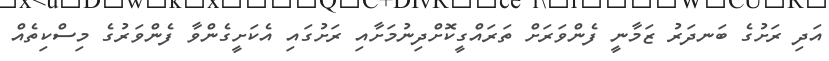
އަދި ރަށުގެ ބަނދަރު ޒަމާނީ ފެންވަރަށް ތަރައްގީކޮށްދިނުމަށާއި ރަށުގައި އެކަށީގެންވާ ފެންވަރުގެ މިސްކިތެއް